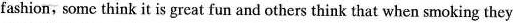
fashion, some think it is great fun and others think that when smoking they